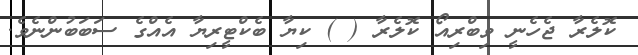
ކޮލެރާ ޖެހެނީ ވިބްރިއޯ ކޮލެރާ ( ) ކިޔާ ބެކްޓީރިޔާ އެއްގެ ސަބަބުންނެވެ.